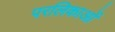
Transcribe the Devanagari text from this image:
परलिकाओं